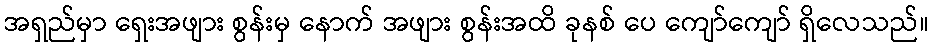
အရှည်မှာ ရှေးအဖျား စွန်းမှ နောက် အဖျား စွန်းအထိ ခုနစ် ပေ ကျော်ကျော် ရှိလေသည်။